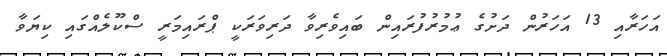
އަހަރާއި 13 އަހަރުން ދަށުގެ ޢުމުރުފުރައިން ބައިވެރިވާ ދަރިވަރަކީ ޕްރައިމަރީ ސްކޫލެއްގައި ކިޔަވާ